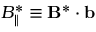
B _ { \| } ^ { * } \equiv \mathbf { B } ^ { * } \cdot \mathbf { b }